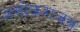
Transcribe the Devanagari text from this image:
असोकराजस